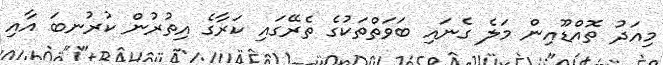
މިއަދު ތޮއްޑޫއިން މަލެ ގެނައި ބަވަތްތަކުގެ ތެރޭގައި ކަރާގެ އިތުރުން ކުރުނބަ އާއި